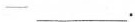
——___.